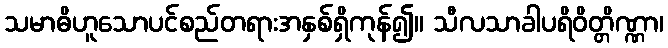
သမာဓိဟူသောပင်စည်တရားအနှစ်ရှိကုန်၍။ သီလသာခါပရိဝိတ္တိဏ္ဏာ၊